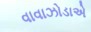
વાવાઝોડાએ